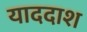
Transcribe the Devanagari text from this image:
याददाश